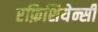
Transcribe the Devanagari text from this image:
एफ़िशियेन्सी